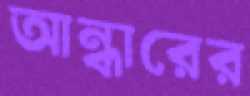
আন্ধারের